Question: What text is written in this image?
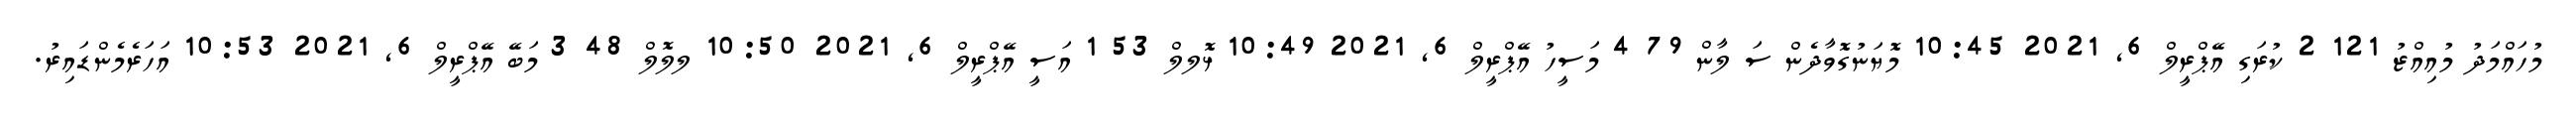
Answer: މުހައްމަދު މުއިއްޒު 121 2 ކުރަގި އޭޕްރީލް 6, 2021 10:45 މޮޔަނުގޮވާދެން ސަ ލާން 79 4 މަސީހު އޭޕްރީލް 6, 2021 10:49 ޅޮލލް 53 1 އަސީ އޭޕްރީލް 6, 2021 10:50 ލލޮލް 48 3 މަބޭ އޭޕްރީލް 6, 2021 10:53 އަހަރެމެންޑައިރު.